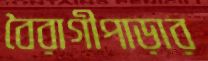
বৈরাগীপাড়ার